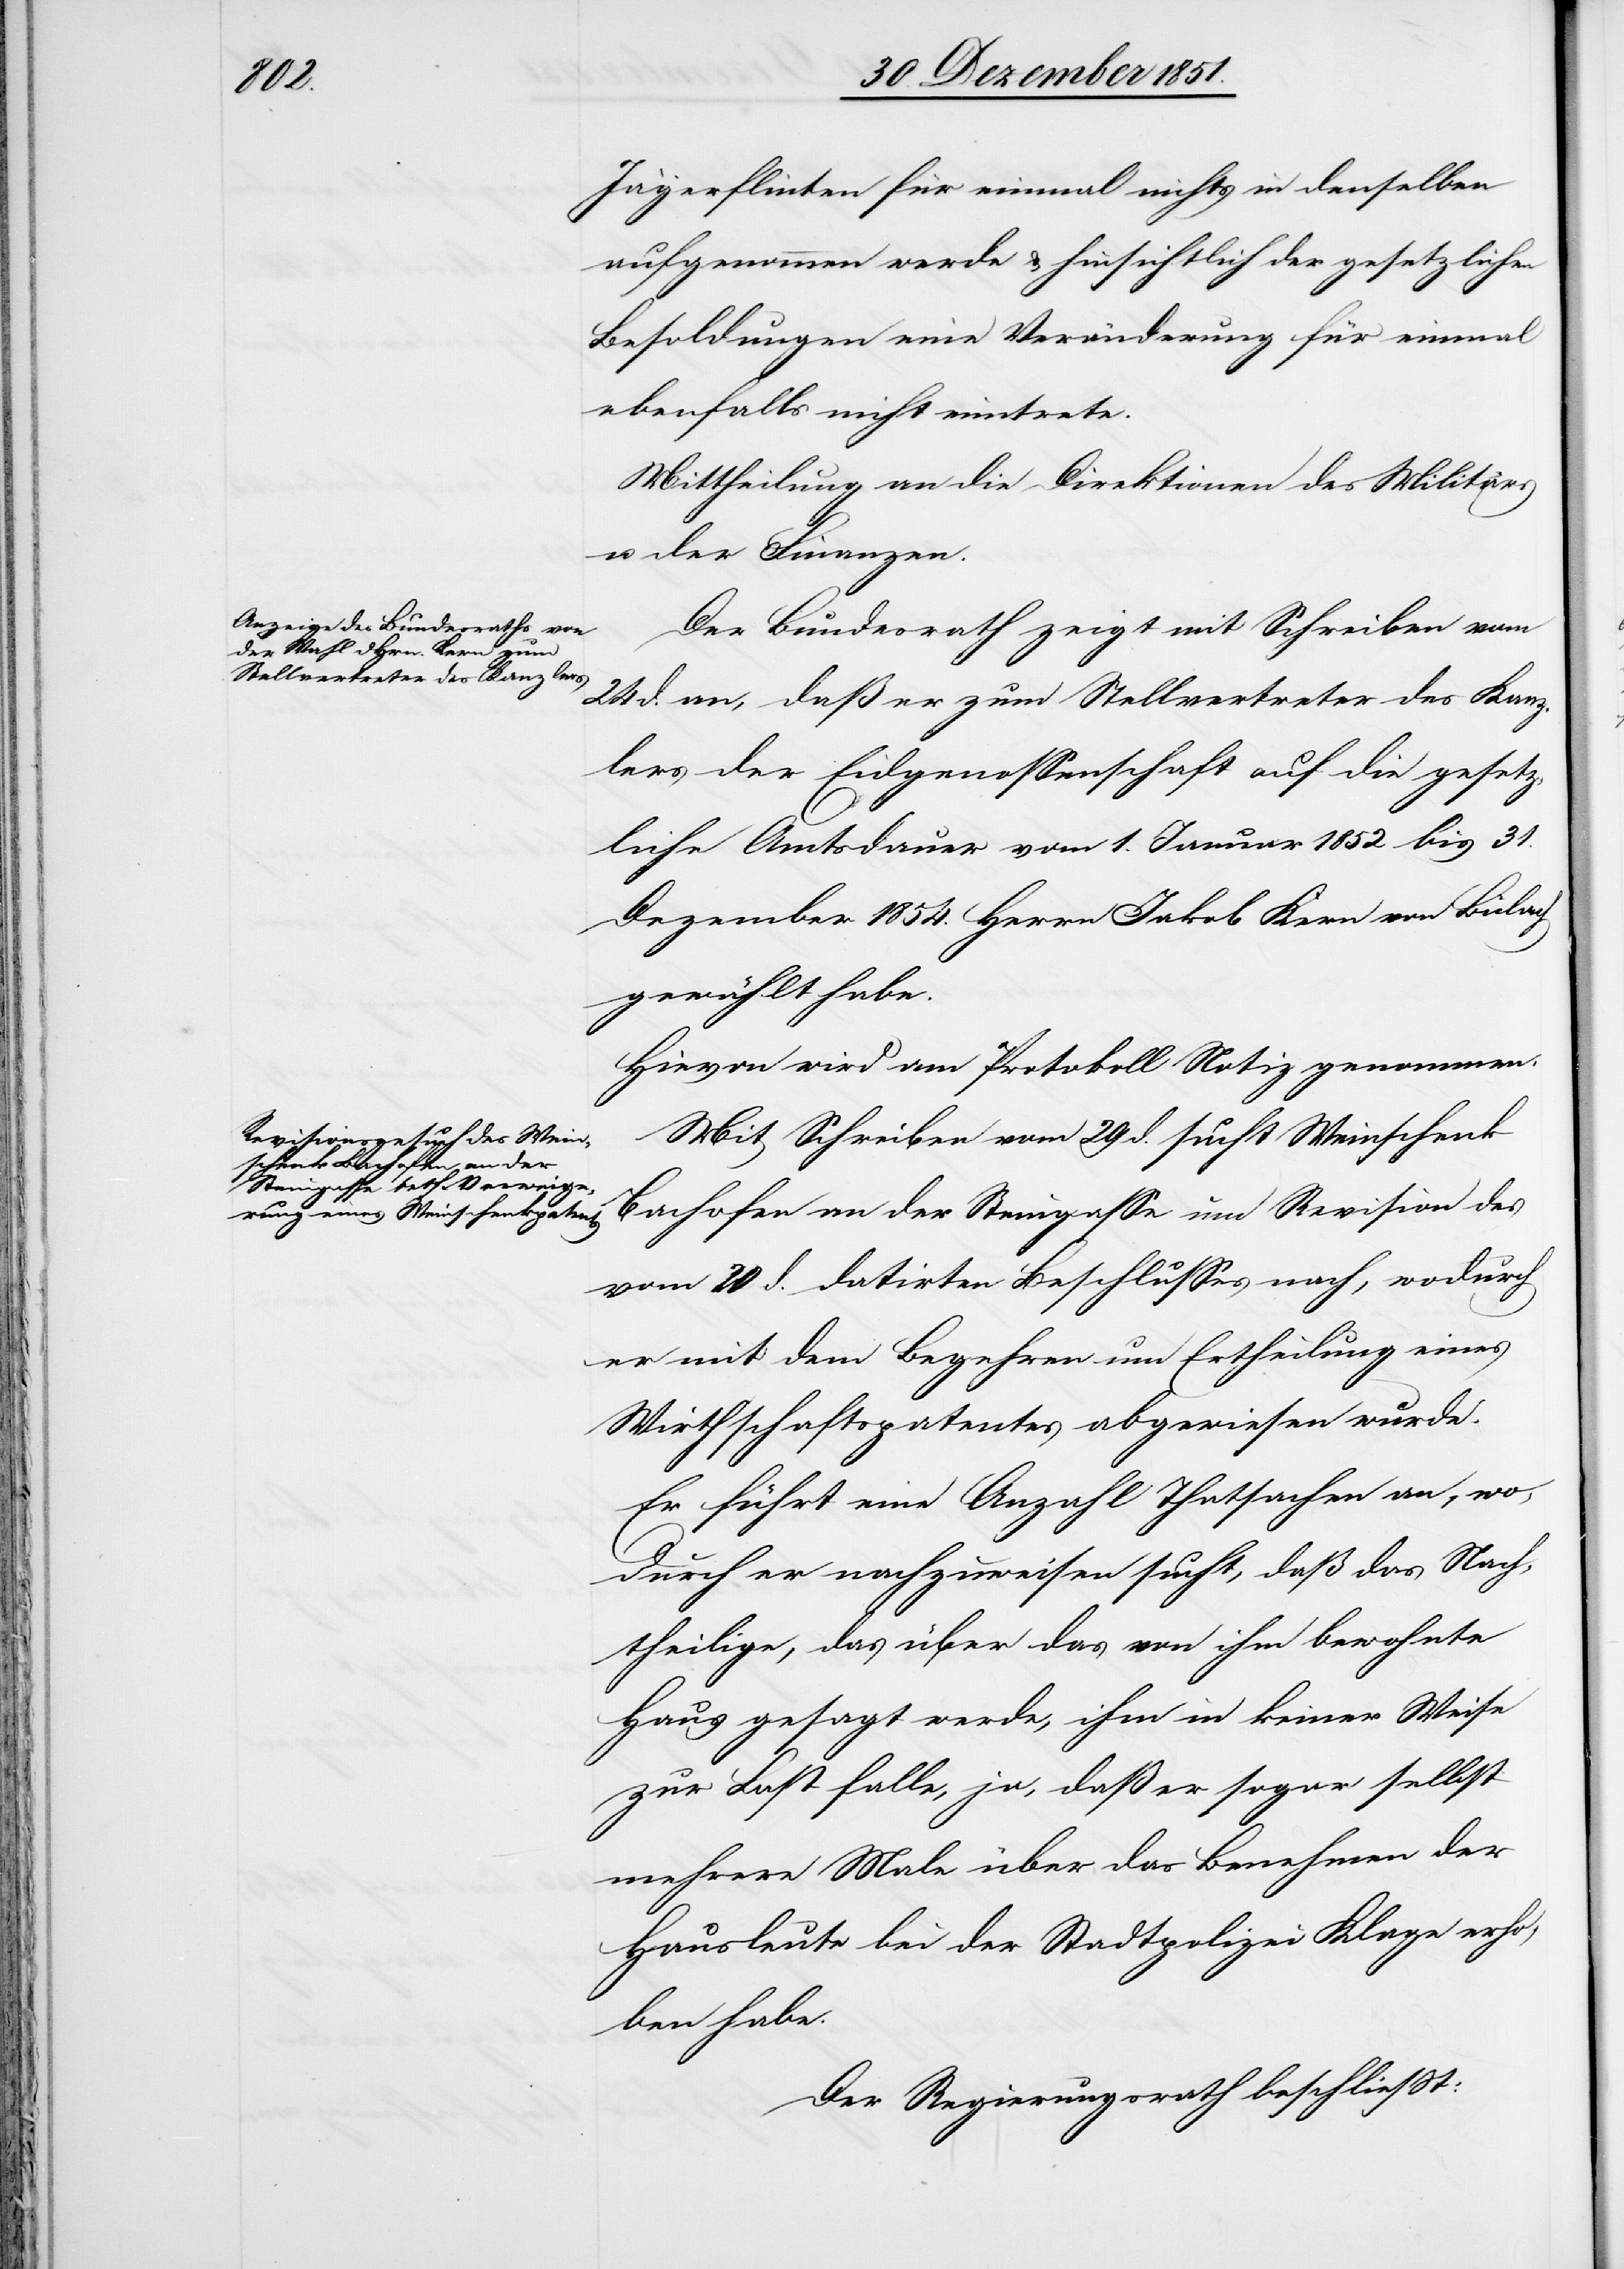
Jägerflinten für einmal nichts in denselben
aufgenommen werde & hinsichtlich der gesetzlichen
Besoldungen eine Veränderung für einmal
ebenfalls nicht eintrete.
Mittheilung an die Direktionen des Militärs
u. der Finanzen.
Der Bundesrath zeigt mit Schreiben vom
24 d. an, daß er zum Stellvertreter des Kanz¬
lers der Eidgenossenschaft auf die gesetz¬
liche Amtsdauer vom 1. Januar 1852 bis 31.
Dezember 1854. Herrn Jakob Kern von Bülach
gewählt habe.
Hievon wird am Protokoll Notiz genommen.
Mit Schreiben vom 29 d. sucht Weinschenk
Bachofen an der Steingasse um Revision des
vom 20 d. datirten Beschlusses nach, wodurch
er mit dem Begehren um Ertheilung eines
Wirthschaftspatentes abgewiesen wurde.
Er führt eine Anzahl Thatsachen an, wo¬
durch er nachzuweisen sucht, daß das Nach¬
theilige, das über das von ihm bewohnte
Haus gesagt werde, ihm in keiner Weise
zur Last falle, ja, daß er sogar selbst
mehrere Male über das Benehmen der
Hausleute bei der Stadtpolizei Klage erho¬
ben habe.
Der Regierungsrath beschließt: